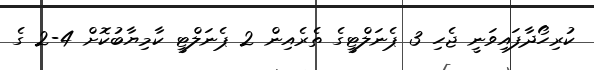
ކުރިހޯދާފައިވަނީ ޖެހި 3 ޕެނަލްޓީގެ ތެރެއިން 2 ޕެނަލްޓީ ކާމިޔާބުކޮށް 4-2 ގެ